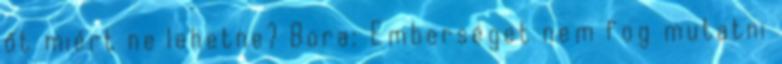
őt miért ne lehetne? Bora: Emberséget nem fog mutatni